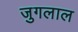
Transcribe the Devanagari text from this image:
जुगलाल